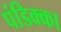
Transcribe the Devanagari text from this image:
पंडिक्का